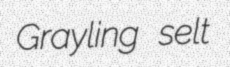
Grayling selt